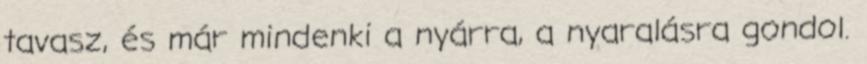
tavasz, és már mindenki a nyárra, a nyaralásra gondol.